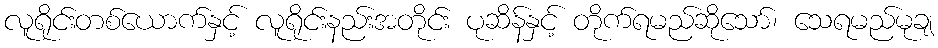
လူရိုင်းတစ်ယောက်နှင့် လူရိုင်းနည်းအတိုင်း ပုဆိန်နှင့် တိုက်ရမည်ဆိုသော်၊ သေရမည်မုချ